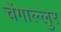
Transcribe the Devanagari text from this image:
चेंगाल्लुर